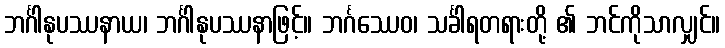
ဘင်္ဂါနုပဿနာယ၊ ဘင်္ဂါနုပဿနာဖြင့်။ ဘင်္ဂဿေဝ၊ သင်္ခါရတရားတို့ ၏ ဘင်ကိုသာလျှင်။